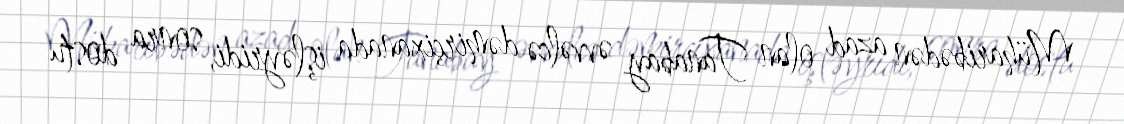
Müharibədən azad olan Tanabay əvvəlcə dəmirçixanada işləyridi, sonra dostu